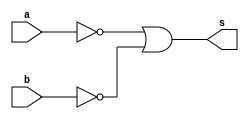
// ----------------------------------------------------------------------
// Exemplo 0009 - NAND
// Debora Deslandes de Almeida Batista
// ----------------------------------------------------------------------

// ----------------------------------------------------------------------
// -- NAND gate
// ----------------------------------------------------------------------

	module nandgate ( output s, input a,b);
		assign s = ((~a)|(~b));
	endmodule // nandgate
	
// ----------------------------------------------------------------------
// -- test NAND gate
// ----------------------------------------------------------------------

	module testnandgate;
	
	reg a,b;
	wire s;
	
	nandgate mar (s,a,b);
	
	initial begin : start
		a = 0; b = 0 ;
	end
	
	initial begin : main
		$display ("\nExemplo 0009 - Debora Deslandes de Almeida");
		$display ("\nMatricula : 451549");
		$display ("\nTest NAND gate");
		$display ("\n((~a)|(~b)) = s");
		a = 0; b = 0;
		$monitor ("\n((~%b)|(~%b) = %b",a,b,s);
			#1 a = 1; b = 0;
			#1 a = 0; b = 1;
			#1 a = 1; b = 1;
end
endmodule